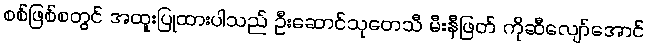
စစ်ဖြစ်စတွင် အထူးပြုထားပါသည် ဦးဆောင်သုတေသီ မီးနီဖြတ် ကိုဆီလျော်အောင်